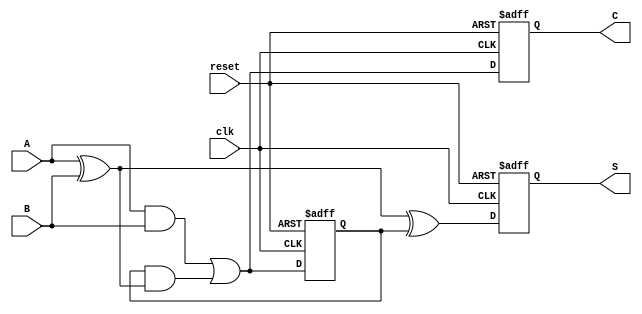
module sequential_half_adder (
    input wire clk,       // Clock signal
    input wire reset,     // Reset signal
    input wire A,        // First input
    input wire B,        // Second input
    output reg S,        // Sum output
    output reg C         // Carry output
);
    
    reg previous_carry; // To store the previous carry

    always @(posedge clk or posedge reset) begin
        if (reset) begin
            S <= 1'b0;            // Reset sum to 0
            C <= 1'b0;            // Reset carry to 0
            previous_carry <= 1'b0; // Reset previous carry to 0
        end else begin
            // Calculate the current sum and carry
            S <= A ^ B ^ previous_carry;  // Current sum
            C <= (A & B) | (previous_carry & (A ^ B)); // Current carry
            
            // Update previous carry for the next clock cycle
            previous_carry <= (A & B) | (previous_carry & (A ^ B));
        end
    end
endmodule